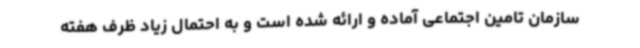
سازمان تامین اجتماعی آماده و ارائه شده است و به احتمال زیاد ظرف هفته